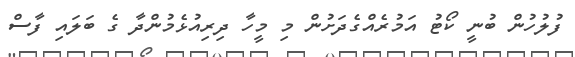
ފުލުހުން ބުނީ ކޯޓު އަމުރެއްގެދަށުން މި މީހާ ދިރިއުޅެމުންދާ ގެ ބަލައި ފާސް